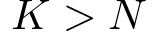
K > N